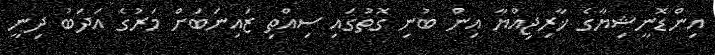
އިންޑޮނީޝިޔާގެ ޚާރިޖިއްޔާ އިން ބުނި ގޮތުގައި ސިއްތި ޒައިނަބަށް މަރުގެ އަދަބު ދިނީ